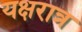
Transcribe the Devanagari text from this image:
यक्षरात्र